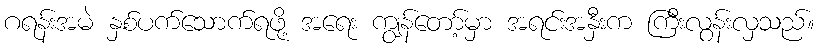
ဂရန်းအမဲ နှစ်ပက်သောက်ရဖို့ အရေး ကျွန်တော့်မှာ အရင်းအနှီးက ကြီးလွန်းလှသည်။